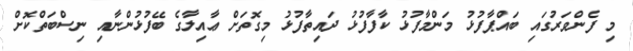
މި ފެންވަރުގައި ބައްޕާފުޅު މަންމާފުޅު ކާފާފުޅު ދައިތާފުޅު މިގޮތަށް ޢާއިލާގެ ބޭފުޅުންނާއި ނިސްބަތްކޮށް